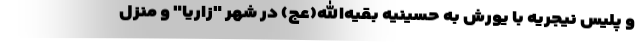
و پلیس نیجریه با یورش به حسینیه بقیه‌الله(عج) در شهر "زاریا" و منزل